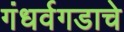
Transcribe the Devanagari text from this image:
गंधर्वगडाचे